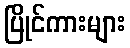
ပြိုင်ကားများ